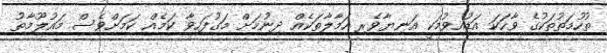
ތުހުމަތުތަކުގެ ވާހަކަ އަޑުއިވުމަކީ އަނިޔާވެރި ހަމާލާތަކެއް ދިނުމަށް މަގުފަހިވާ ކަމެއް ކަމަށްވެސް މައުލޫމާތު